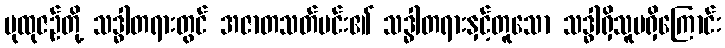
ပုထုဇဉ်တို့ သဒ္ဓါတရားတွင် အဇာတသတ်မင်း၏ သဒ္ဓါတရားနှင့်တူသော သဒ္ဓါရှိသူမရှိကြောင်း